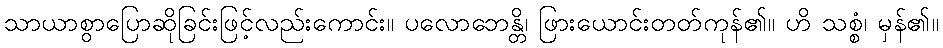
သာယာစွာပြောဆိုခြင်းဖြင့်လည်းကောင်း။ ပလောဘေန္တိ၊ ဖြားယောင်းတတ်ကုန်၏။ ဟိ သစ္စံ၊ မှန်၏။